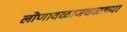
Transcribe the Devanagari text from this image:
लोणावळाजवळच्या